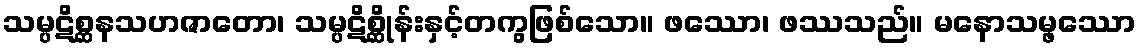
သမ္ပဋိစ္ဆနသဟဇာတော၊ သမ္ပဋိစ္ဆိုန်းနှင့်တကွဖြစ်သော။ ဖဿော၊ ဖဿသည်။ မနောသမ္ဖဿော